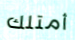
أمتلك